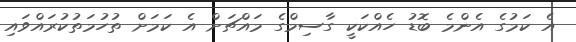
އެ ކަމުގެ އެންމެ ބޮޑު ހެއްކަކީ ގާސިމްގެ މައްޗަށް އެ ކަމަށް ތުހުމަތުކުރައްވައި